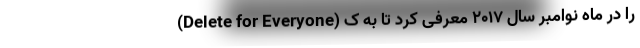
(Delete for Everyone) را در ماه نوامبر سال ۲۰۱۷ معرفی کرد تا به ک